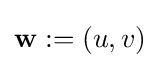
\mathbf {w} :=(u,v)